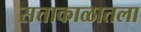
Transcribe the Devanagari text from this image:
सत्ताकाळातला